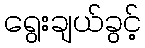
ရွေးချယ်ခွင့်